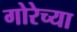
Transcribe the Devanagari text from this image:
गोरेच्या